Local science and art examinations and technological examinations, 1912, 1912
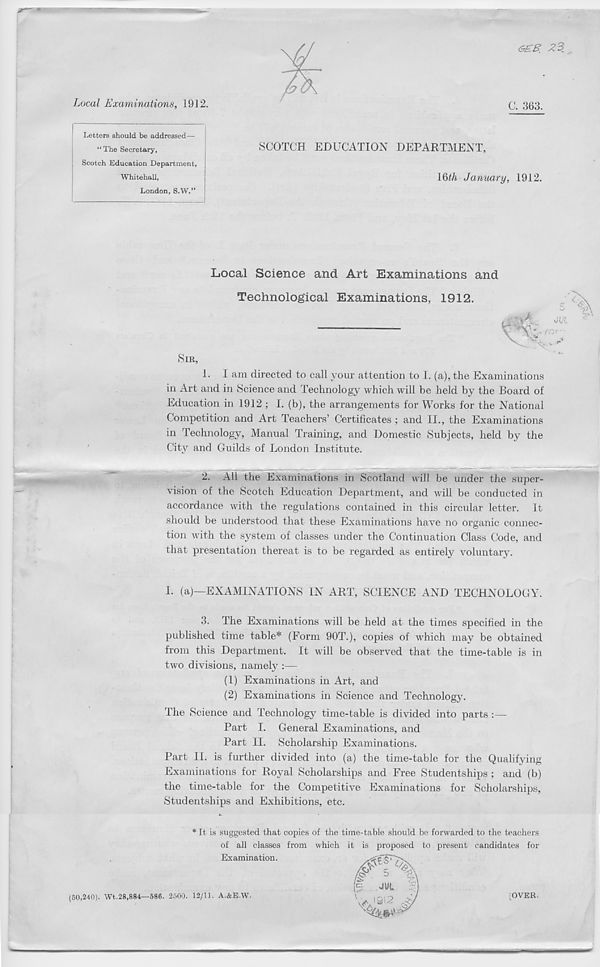
Local Examinations, 19 J 2.
C. 363.
Letters should be addressed—
“The Secretary,
Scotch Education Department,
Whitehall,
London, S.W.”
SCOTCH EDUCATION DEPARTMENT,
16^ January, 1912.
Local Science and Art Examinations and
Technological Examinations, 1912.
SIR,
1.
I
in Art and in Science and Technology which will be held by the Board of
Education in 1912 ; I. (b), the arrangements for Works for the National
Competition and Art Teachers’ Certificates ; and II., the Examinations
in Technology, Manual Training, and Domestic Subjects, held by the
City and Guilds of London Institute.
2.
A
vision of the Scotch Education Department, and will be conducted in
accordance with the regulations contained in this circular letter. It
should be understood that these Examinations have no organic connec-
tion with the system of classes under the Continuation Class Code, and
that presentation thereat is to be regarded as entirely voluntary.
I. (a)—EXAMINATIONS IN ART, SCIENCE AND TECHNOLOGY.
3.
T
published time table* (Form 90T.), copies of which may be obtained
from this Department. It will be observed that the time-table is in
two divisions, namely :—
(1) Examinations in Art, and
(2) Examinations in Science and Technology.
The Science and Technology time-table is divided into parts :—
Part I. General Examinations, and
Part II. Scholarship Examinations.
Part II. is further divided into (a) the time-table for the Qualifying
Examinations for Royal Scholarships and Free Studentships ; and (b)
the time-table for the Competitive Examinations for Scholarships,
Studentships and Exhibitions, etc.
* It is suggested that copies of the time-table should be forwarded to the teachers
of all classes from which it is proposed to present candidates for
Examination.
(50,240). Wt.28,884—586. 2500. 12/11. A.&E.W.